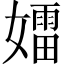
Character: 𡢽